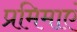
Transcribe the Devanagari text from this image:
प्रमिमाएं